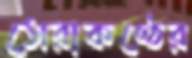
সেরাকণ্ঠের